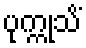
ပုက္ကုသိံ